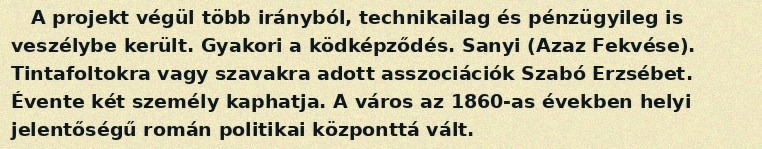
A projekt végül több irányból, technikailag és pénzügyileg is veszélybe került. Gyakori a ködképződés. Sanyi (Azaz Fekvése). Tintafoltokra vagy szavakra adott asszociációk Szabó Erzsébet. Évente két személy kaphatja. A város az 1860-as években helyi jelentőségű román politikai központtá vált.